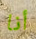
أنا